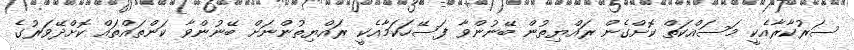
ސަރުކާރާއެކީ މަސައްކަތް ކޮށްގެން ރައްޔިތުން ބޭނުންވާ ފަސޭހަކަމާއެކީ ރައްޔިތުންނަށް ބޭނުންވާ ކަންތައްތައް ކޮށްދޭވަރުގެ